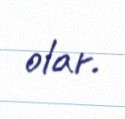
olar.